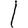
Digit: 1